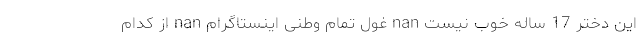
این دختر 17 ساله خوب نیست nan غول تمام وطنی اینستاگرام nan از کدام